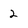
Character: 2